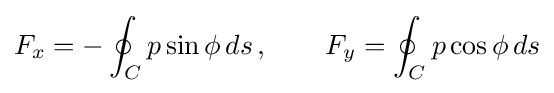
F_{x}=-\oint _{C}p\sin \phi \,ds\,,\qquad F_{y}=\oint _{C}p\cos \phi \,ds